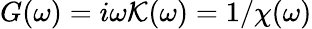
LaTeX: G(\omega)=i\omega\mathcal{K}(\omega)=1/\chi(\omega)